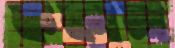
ককাল